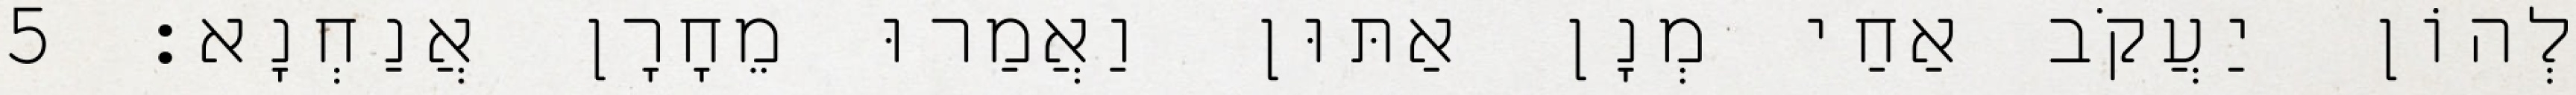
לְהוֹן יַעֲקֹב אַחַי מְנָן אַתּוּן וַאֲמַרוּ מֵחָרָן אֲנַחְנָא׃ 5